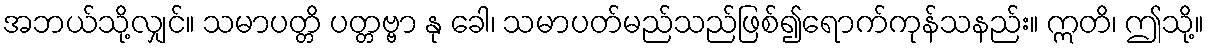
အဘယ်သို့လျှင်။ သမာပတ္တိ ပတ္တဗ္ဗာ နု ခေါ၊ သမာပတ်မည်သည်ဖြစ်၍ရောက်ကုန်သနည်း။ ဣတိ၊ ဤသို့။